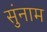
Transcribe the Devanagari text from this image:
सुंनाम